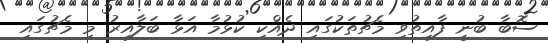
ސޮބާ ބުނީ ފާއިތުވި މެޗުތަކުގައި ދެއްކި ކުޅުމާ އަޅާ ބަލާއިރު މި މެޗުގައި